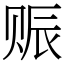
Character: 赈